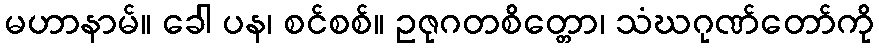
မဟာနာမ်။ ခေါ ပန၊ စင်စစ်။ ဥဇုဂတစိတ္တော၊ သံဃဂုဏ်တော်ကို